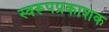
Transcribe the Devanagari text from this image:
स्वरूपप्रकाशक